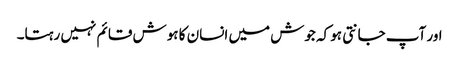
اور آپ جانتی ہو کہ جوش میں انسان کا ہوش قائم نہیں رہتا۔